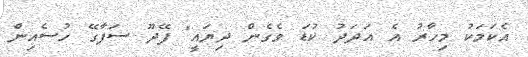
އެކަމަކު މިހާރު އެ އަަދަދު ކުޑަ ވެގެން ދިޔައީ" ފޭދޫ ސަފާގޭ ހުސެއިން